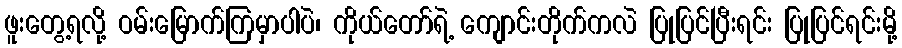
ဖူးတွေ့ရလို့ ဝမ်းမြောက်ကြမှာပါပဲ၊ ကိုယ်တော်ရဲ့ ကျောင်းတိုက်ကလဲ ပြုပြင်ပြီးရင်း ပြုပြင်ရင်းမို့